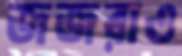
জজরাও